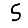
Digit: 5